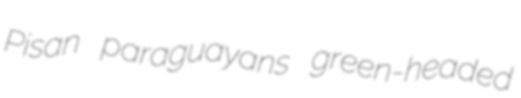
Pisan paraguayans green-headed